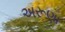
અરૂણા